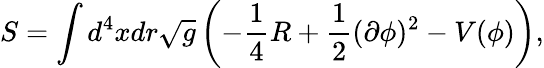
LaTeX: S=\int d^{4}xdr\sqrt{g}\left(-\frac{1}{4}R+\frac{1}{2}(\partial\phi)^{2}-V(\phi)\right),